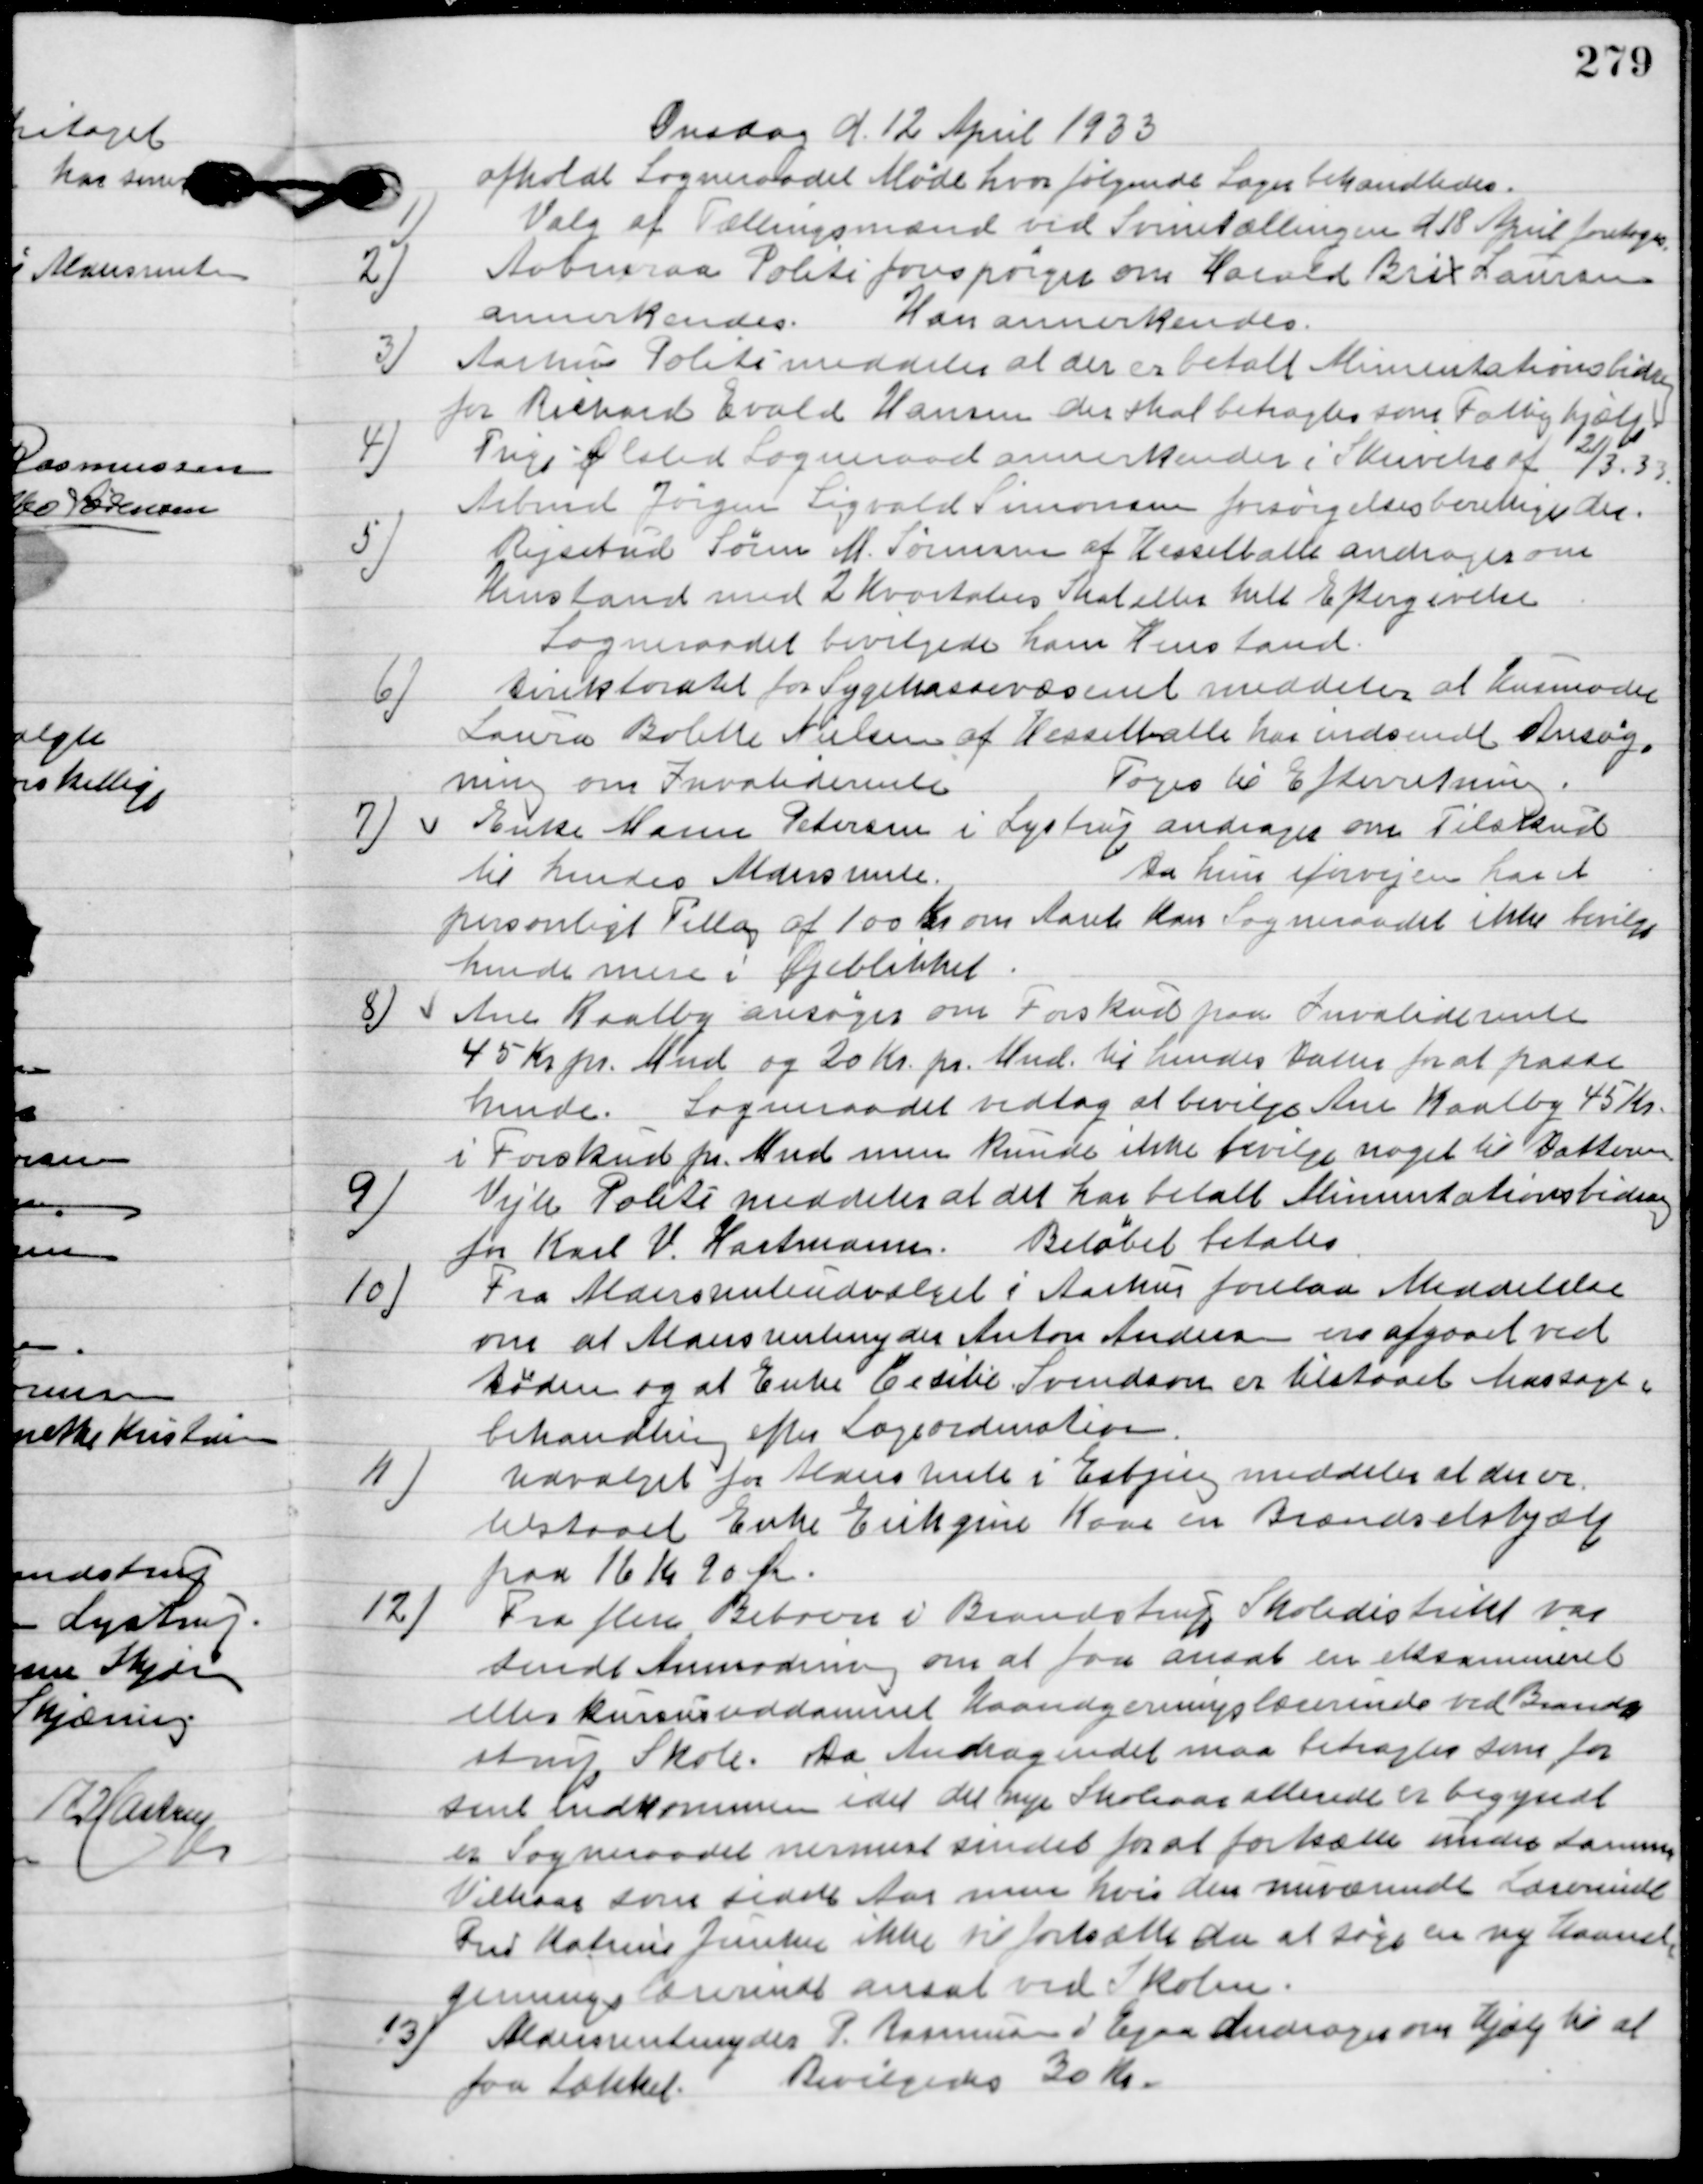
Transskription:
Onsdag d. 12 April 1933
afholdt Sogneraadet Møde hvor følgende Sager behandledes.

1

Valg af Tællingsmænd ved Svinetællingen d. 18. April foretoges.

2

Aabenraa Politi forespørger om Harald Brix Laursen
annerkendes.
Han annerkendes.

3

Aarhus Politi meddeler at der er betalt Alimentationsbidrag
for Richart Evald Hansen der skal betragtes som Fattighjælp.

4

Trige Ølsted Sogneraad annerkender i Skrivelse af 21/3. 33.
Arbmd. Jørgen Sigvald Simonsen forsørgelsesberettiget der.

5.

Rejsetud Søren M. Sørensen af Hesselballe andrager om
henstand med 2 Kvartalers Skat eller helt Eftergivelse.
Sogneraadet bevilgede ham henstand.

6.

Direktoratet for Sygekassevæsenet meddeler at Husmoder
Laura Bolette Nielsen af Hesselballe har indsendt Ansøg-
ning om Invaliderente.
Toges til Efterretning.

7.

Enke Maren Petersen i Lystrup andrager om Tilskud
til hendes Aldersrente.
Da hun i forvejen har et
personligt Tillæg af 100 Kr. om Aaret kan Sogneraadet ikke bevilge
hende mere i Øjeblikket.

8

Ane Kaalby ansøger om forskud paa Invaliderente
45 Kr. pr. Mnd og 20 Kr. pr. Mnd. til hendes Datter for at passe
hende.
Sogneraadet vedtog at bevilge Ane Kaalby 45 Kr.
 i Forskud pr. Mnd. men Kunde ikke bevilge noget til Datteren.

9

Vejle Politi meddeler at det har betalt Alimentationsbidrag
for Karl V. Hartmann.
Beløbet betales.

10

Fra Alimentationsudvalget i Aarhus forelaa Meddelelse 
om at Aldersrenteyder Anton Andersen er afgaaet ved 
Døden og at Enke Cesilie Svendsen er tilstaaet massage i 
behandling efter Lægeordination.

11

Udvalget for Aldersrente i Esbjerg meddeler at der er
tilstaaet Enke Erikgine Kaas en Brændselshjælp
 paa 16 Kr. 90 Øre.

12

Fra flere beboere i Brandstrup skoledistrikt var
sendt anmodning om at faa ansat en eksamineret
eller kursusuddannet Haandgerningslærerinde ved Brand-
strup Skole. Da Andragedet maa betragtes som for
sent indkommen idet det nye Skoleaar allerede er begyndt
er Sogneraadet nermest sindet for at fortsætte under samme
vilkaar som sidste Aar men hvis den nuværende Lærerinde
Fru Katrine Junker ikke vil fortsætte der at søge en ny Haand-
gerningslæreinde ansat ved Skolen.

13

Aldersrentenyder P. Rasmussen i Egaa andrager om hjælp til at 
faa tækket.
Bevilgedes 30 Kr.